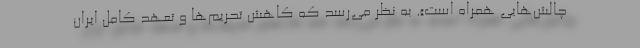
چالش‌هایی همراه است». به نظر می‌رسد که کاهش تحریم‌ها و تعهد کامل ایران